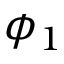
\phi _ { 1 }